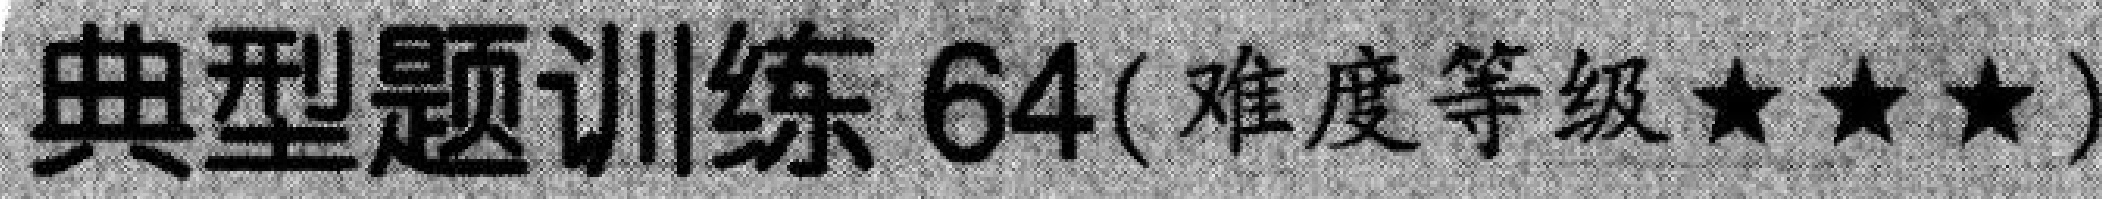
典型题训练 64(难度等级★★★)